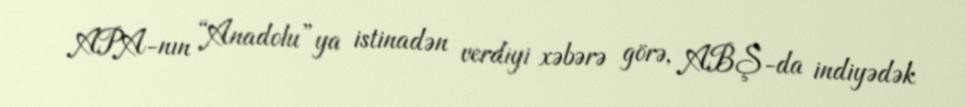
APA-nın “Anadolu”ya istinadən verdiyi xəbərə görə, ABŞ-da indiyədək